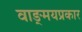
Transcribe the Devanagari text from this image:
वाङ्‌मयप्रकार